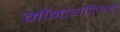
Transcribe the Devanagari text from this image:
मॉन्टगॉल्फ़िये